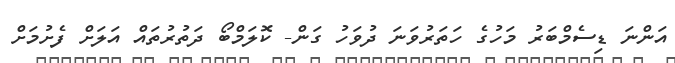
އަންނަ ޑިސެމްބަރު މަހުގެ ހަތަރުވަނަ ދުވަހު ގަން- ކޮލަމްބޯ ދަތުރުތައް އަލަށް ފެށުމަށް